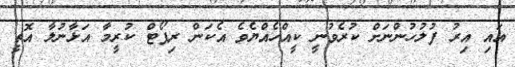
އައި އިރު ފުލުހުންނަށް ކުރެވުނީ ކީއްހެއްޔެވެ އެކަން ރިޕޯޓް ކުރީމާ އަޅާނުލާ އޮތީ